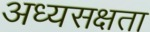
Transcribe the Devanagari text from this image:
अध्यसक्षता